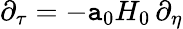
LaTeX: \partial_{\tau}=-\mathtt{a}_{0}H_{0}\, \partial_{\eta}